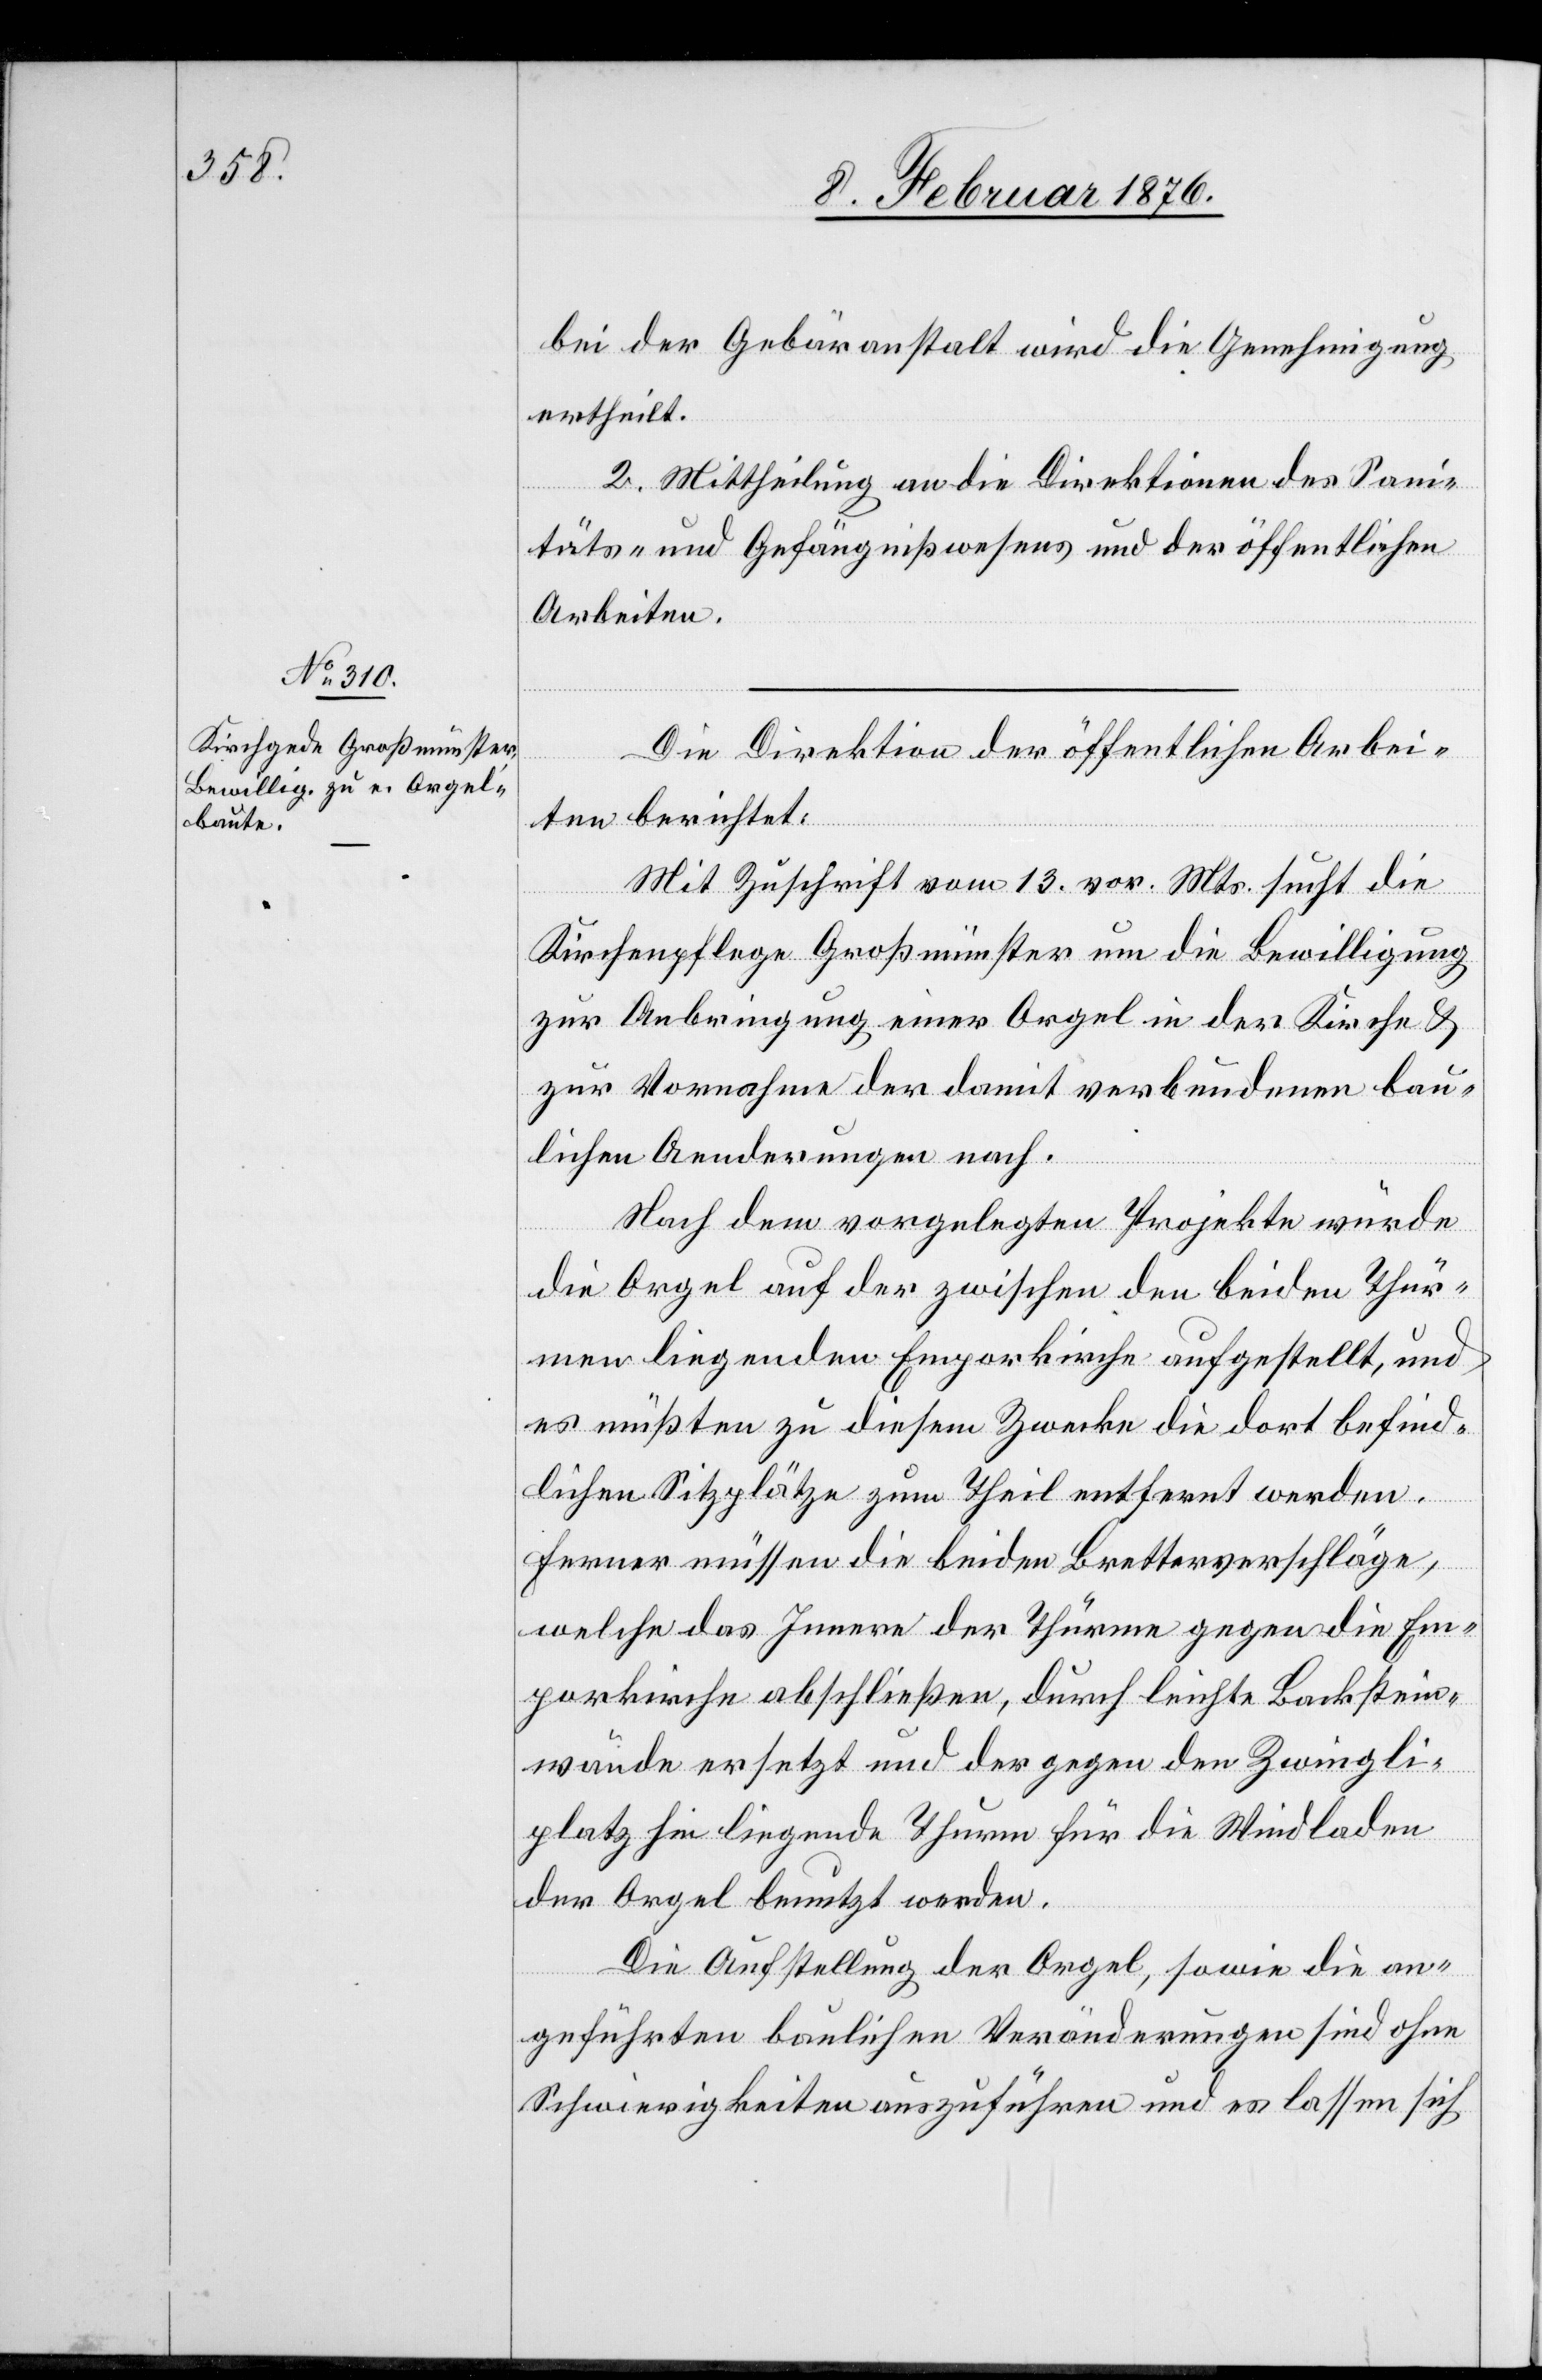
bei der Gebäranstalt wird die Genehmigung
ertheilt.
2. Mittheilung an die Direktionen des Sani¬
täts- und Gefängnißwesens und der öffentlichen
Arbeiten.
Die Direktion der öffentlichen Arbei¬
berichtet:
ten
Mit Zuschrift vom 13. vor. Mts. sucht die
Kirchenpflege Großmünster um die Bewilligung
zur Anbringung einer Orgel in der Kirche &
zur Vornahme der damit verbundenen bau¬
lichen Aenderungen nach.
Nach dem vorgelegten Projekte würde
die Orgel auf der zwischen den beiden Thür¬
men liegenden Emporkirche aufgestellt, und
es müßten zu diesem Zwecke die dort befind¬
lichen Sitzplätze zum Theil entfernt werden.
Ferner müssen die beiden Bretterverschläge,
welche das Innere der Thürme gegen die Em¬
porkirche abschließen, durch leichte Backstein¬
wände ersetzt und der gegen den Zwingli¬
platz hin liegende Thurm für die Windladen
der Orgel benutzt werden.
Die Auftheilung der Orgel, sowie die an¬
geführten baulichen Veränderungen sind ohne
Schwierigkeiten auszuführen und es lassen sich